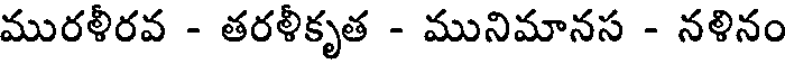
మురళీరవ - తరళీకృత - మునిమానస - నళినం